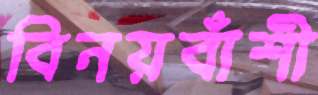
বিনয়বাঁশী